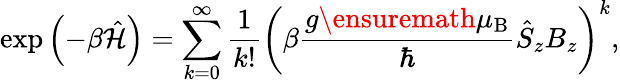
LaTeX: \exp{\left(-\beta\hat{\cal H}\right)}=\sum_{k=0}^{\infty}\frac{1}{k!}\left(\beta\frac{g{\ensuremath{\mu_{\mathrm{B}}}}}{\hbar}\hat{S}_{z}B_{z}\right)^{k},